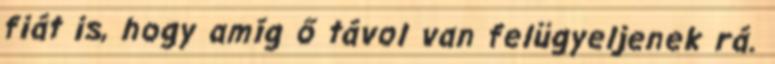
fiát is, hogy amíg ő távol van felügyeljenek rá.